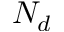
N _ { d }